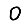
Digit: 0